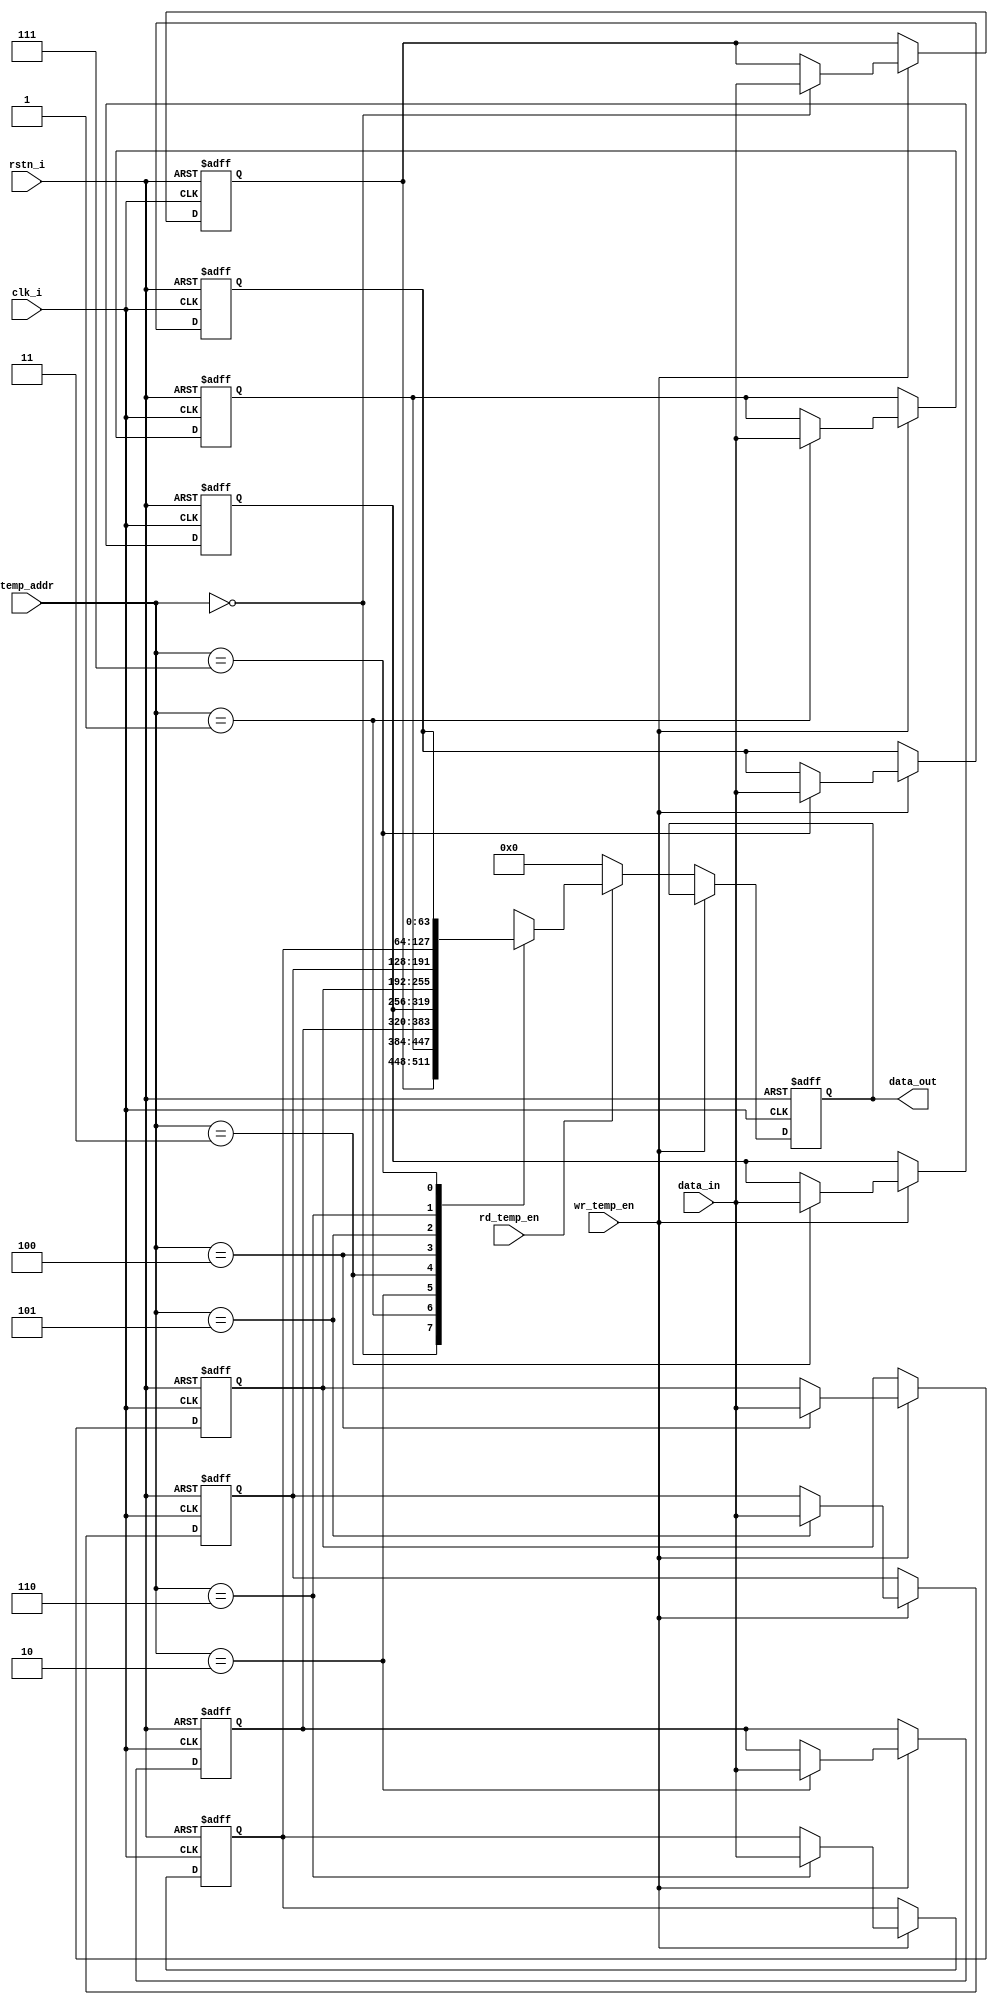
module temp_bram #(
    parameter DATA_WIDTH = 64,
    parameter ADDR_WIDTH = 3
)(
    input wire                  clk_i,
    input wire                  rstn_i,
    input wire                  rd_temp_en,     // Read enable
    input wire [DATA_WIDTH-1:0] data_in,        // Data input
    input wire wr_temp_en,                      // Write enable
    input wire [ADDR_WIDTH-1:0] temp_addr,      // Address input
    output reg [DATA_WIDTH-1:0] data_out        // Data output
);
    // Internal BRAM storage
    reg [DATA_WIDTH-1:0] bram [(1 << ADDR_WIDTH)-1:0];
    integer i;
    
    // Sequential block: Handles reset, write and read operations
    always @(posedge clk_i or negedge rstn_i) begin
        if (!rstn_i) begin
            // Reset: Initialize all BRAM locations to 0
            for (i = 0; i < (1 << ADDR_WIDTH); i = i + 1) begin
                bram[i] <= 0;
            end
            data_out <= 0; 
        end 
        else if (wr_temp_en) begin
            // Write operation: Store data_in at the location specified by temp_addr
            bram[temp_addr] <= data_in;
        end
        else if (rd_temp_en) begin 
            // Read operation: Output data from the location specified by temp_addr
            data_out <= bram[temp_addr]; 
        end else begin
            // Default case: Output 0
            data_out <= 0;
        end
    end

endmodule